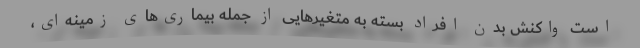
است واکنش بدن افراد بسته به متغیرهایی از جمله بیماری‌های زمینه‌ای،